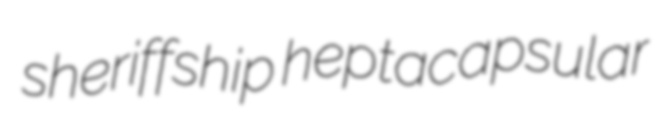
sheriffship heptacapsular